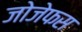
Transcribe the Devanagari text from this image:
जोजेफस